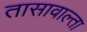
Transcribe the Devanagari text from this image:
तासावाल्ता